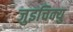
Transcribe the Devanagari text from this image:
जुइचिक्यु